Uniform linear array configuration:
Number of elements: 4
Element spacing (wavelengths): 0.75
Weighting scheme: hann
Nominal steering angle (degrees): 15
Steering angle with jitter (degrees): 14.155
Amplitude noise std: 0.05
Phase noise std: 0.05

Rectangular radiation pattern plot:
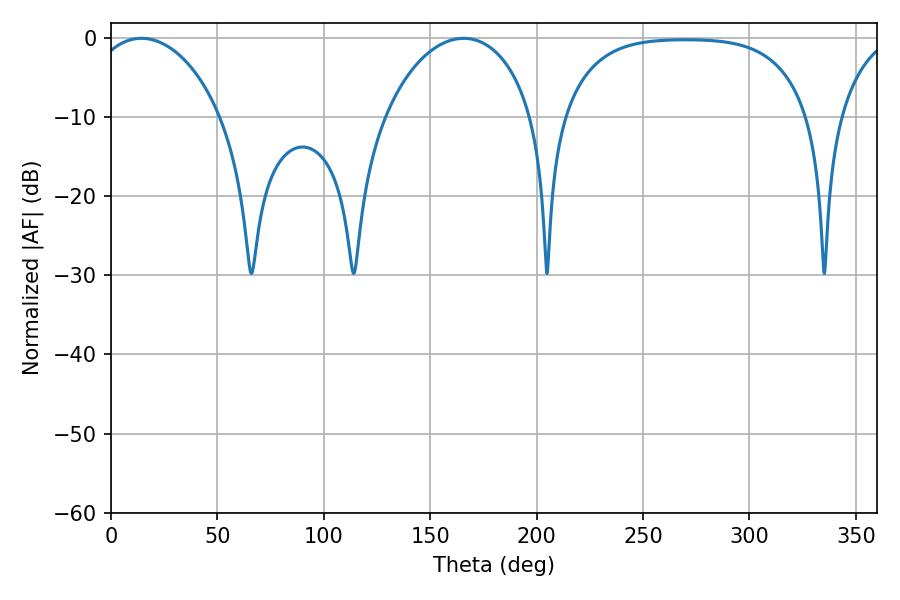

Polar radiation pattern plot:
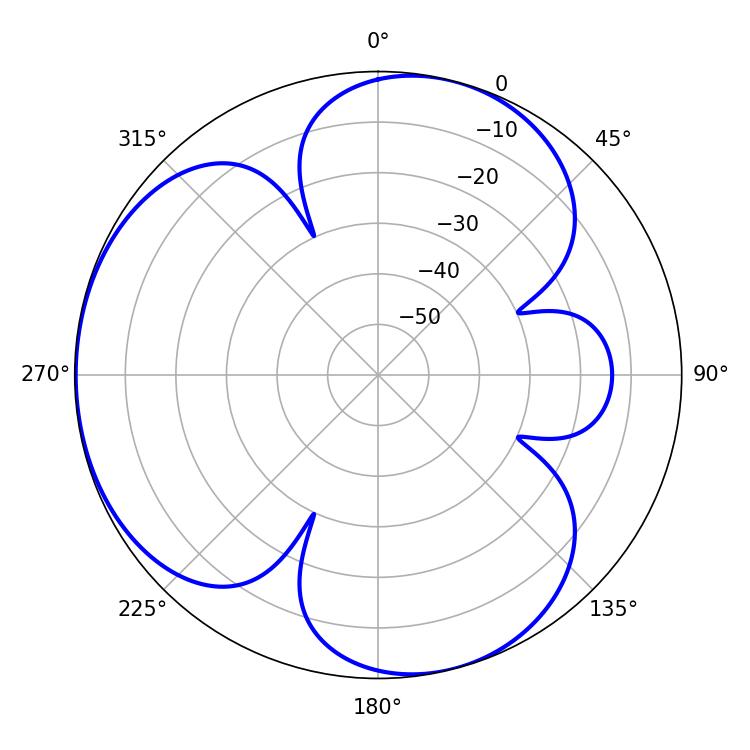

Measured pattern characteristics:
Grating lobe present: TRUE
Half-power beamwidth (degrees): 35.46
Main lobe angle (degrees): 14.22